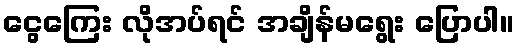
ငွေကြေး လိုအပ်ရင် အချိန်မရွေး ပြောပါ။